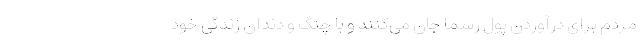
مردم برای درآوردن پول رسما جان می‌کنند و با چنگ و دندان زندگی خود